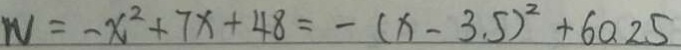
W = - x ^ { 2 } + 7 x + 4 8 = - ( x - 3 . 5 ) ^ { 2 } + 6 0 . 2 5